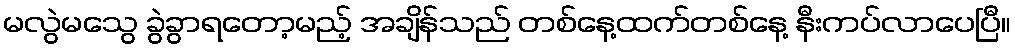
မလွဲမသွေ ခွဲခွာရတော့မည့် အချိန်သည် တစ်နေ့ထက်တစ်နေ့ နီးကပ်လာပေပြီ။